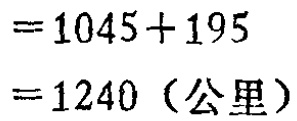
$=1045 + 195\\=1240（公里）$